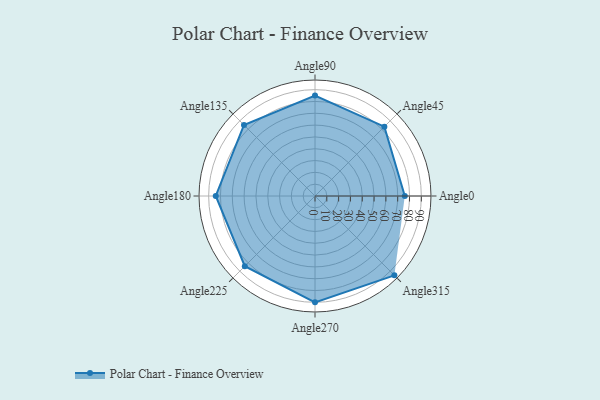
{"axis": {"x": "Angle", "y": "Radius"}, "legend": [""], "data": [{"x": "Angle0", "y": 76.0, "type": ""}, {"x": "Angle45", "y": 83.0, "type": ""}, {"x": "Angle90", "y": 85.0, "type": ""}, {"x": "Angle135", "y": 85.0, "type": ""}, {"x": "Angle180", "y": 84.0, "type": ""}, {"x": "Angle225", "y": 84.0, "type": ""}, {"x": "Angle270", "y": 90.0, "type": ""}, {"x": "Angle315", "y": 95.0, "type": ""}]}